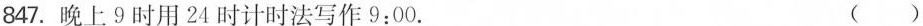
847.晚上9时用24时计时法写作9:00. ( )